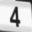
Digit: 4